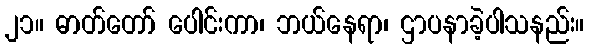
၂၁။ ဓာတ်တော် ပေါင်းကာ၊ ဘယ်နေရာ၊ ဌာပနာခဲ့ပါသနည်း။